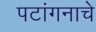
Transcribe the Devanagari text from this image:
पटांगनाचे